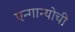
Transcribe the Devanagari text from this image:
एन्गान्योची